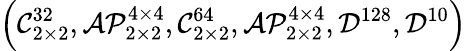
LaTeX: \left(\mathcal{C}_{2\times 2}^{32},\mathcal{AP}_{2\times 2}^{4\times 4},\mathcal{C}_{2\times 2}^{64},\mathcal{AP}_{2\times 2}^{4\times 4},\mathcal{D}^{128},\mathcal{D}^{10}\right)